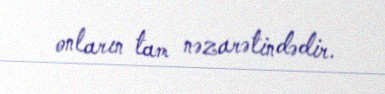
onların tam nəzarətindədir.